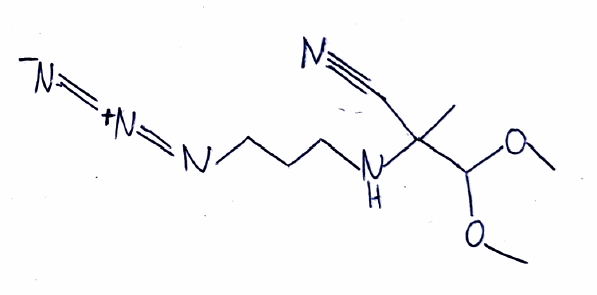
Simplified molecular-input line-entry system (SMILES) notation of the given molecule:
CC(C#N)(C(OC)OC)NCCCN=[N+]=[N-]